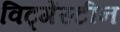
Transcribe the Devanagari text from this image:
विट्गेंस्टीन